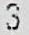
3